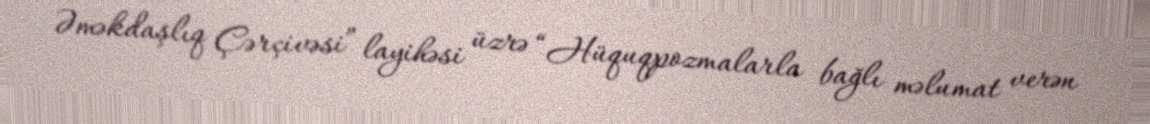
Əməkdaşlıq Çərçivəsi” layihəsi üzrə “Hüquqpozmalarla bağlı məlumat verən